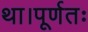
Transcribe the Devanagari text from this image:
था।पूर्णतः